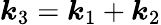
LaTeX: \boldsymbol{\mathit{k}}_{3}=\boldsymbol{\mathit{k}}_{1}+\boldsymbol{\mathit{k}}_{2}